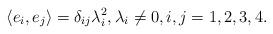
LaTeX: \begin{align*}\langle e_i,e_j\rangle=\delta_{ij}\lambda_i^2, \lambda_i\not=0, i,j=1,2,3,4.\end{align*}